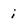
Character: i